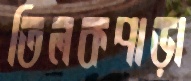
তিলকপাড়া